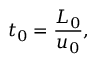
t _ { 0 } = \frac { L _ { 0 } } { u _ { 0 } } ,